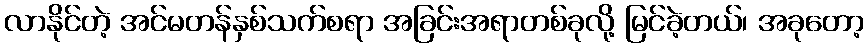
လာနိုင်တဲ့ အင်မတန်နှစ်သက်စရာ အခြင်းအရာတစ်ခုလို့ မြင်ခဲ့တယ်၊ အခုတော့